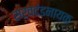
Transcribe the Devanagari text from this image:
सर्वदंडनायक